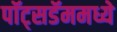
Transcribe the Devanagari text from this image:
पॉट्सडॅममध्ये